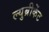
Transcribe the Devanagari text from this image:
ल्युब्रीकेंट